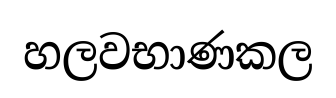
හලවභාණකල